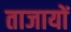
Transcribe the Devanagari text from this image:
ताजायों